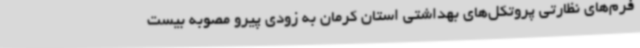
فرم‌های نظارتی پروتکل‌های بهداشتی استان کرمان به زودی پیرو مصوبه بیست